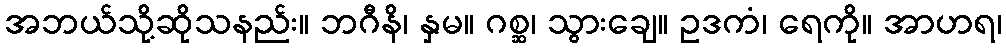
အဘယ်သို့ဆိုသနည်း။ ဘဂီနိ၊ နှမ။ ဂစ္ဆ၊ သွားချေ။ ဥဒကံ၊ ရေကို။ အာဟရ၊